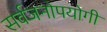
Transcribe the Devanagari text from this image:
सर्वजनाेपयाेगी